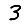
Digit: 3